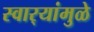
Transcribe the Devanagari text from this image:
स्वार्‍यांमुळे